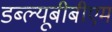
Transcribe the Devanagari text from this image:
डब्ल्यूबीबीएम